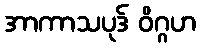
အာကာသပုဒ် ဝိဂ္ဂဟ